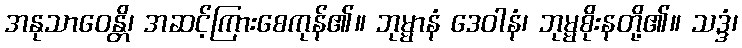
အနုသာဝေန္တိ၊ အဆင့်ကြားစေကုန်၏။ ဘုမ္မာနံ ဒေဝါနံ၊ ဘုမ္မစိုးနတို့၏။ သဒ္ဒံ၊